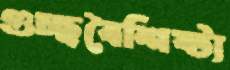
গুচ্ছবৈশিষ্ট্য